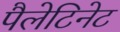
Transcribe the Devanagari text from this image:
पैलेटिनेट